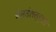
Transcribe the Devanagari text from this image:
बेन्डेलस्ट्रासे